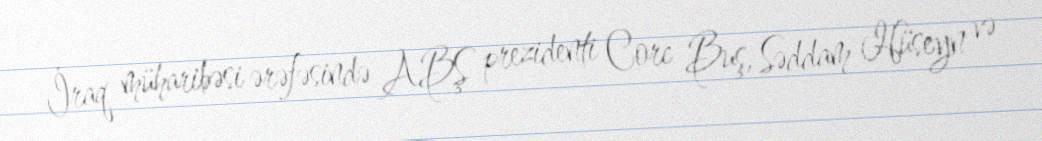
İraq müharibəsi ərəfəsində ABŞ prezidenti Corc Buş, Səddam Hüseyn və